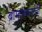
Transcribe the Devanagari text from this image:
ब्राम्हणवर्गाची